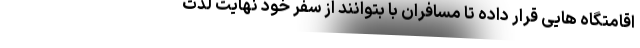
اقامتگاه هایی قرار داده تا مسافران با بتوانند از سفر خود نهایت لذت